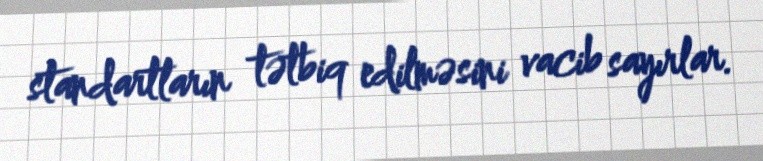
standartların tətbiq edilməsini vacib sayırlar.